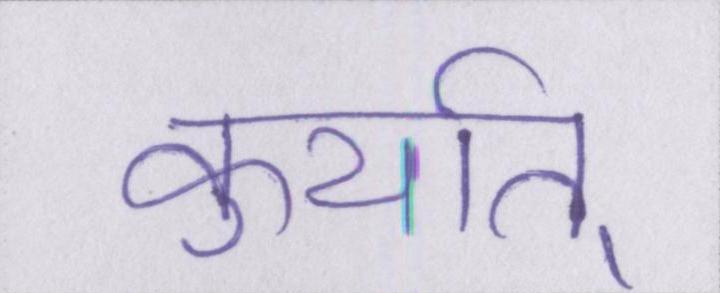
कुर्यात्